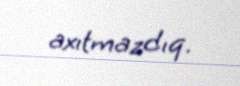
axıtmazdıq.